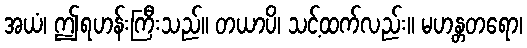
အယံ၊ ဤရဟန်းကြီးသည်။ တယာပိ၊ သင့်ထက်လည်း။ မဟန္တတရော၊